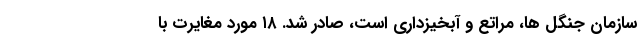
سازمان جنگل ها، مراتع و آبخیزداری است، صادر شد. ۱۸ مورد مغایرت با